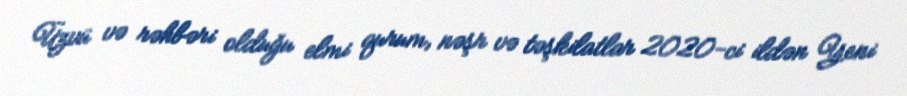
Üzvü və rəhbəri olduğu elmi qurum, nəşr və təşkilatlar 2020-ci ildən Yeni